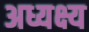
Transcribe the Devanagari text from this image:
अध्यक्ष्य